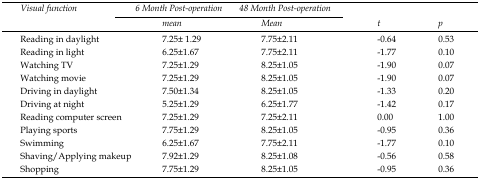
| Visual function | 6 Month Post-operation | 48 Month Post-operation |  |  |
 |  | mean | Mean | t | p |
 | --- | --- | --- | --- | --- |
 | Reading in daylight | 7.25± 1.29 | 7.75±2.11 | -0.64 | 0.53 |
 | Reading in light | 6.25±1.67 | 7.75±2.11 | -1.77 | 0.10 |
 | Watching TV | 7.25±1.29 | 8.25±1.05 | -1.90 | 0.07 |
 | Watching movie | 7.25±1.29 | 8.25±1.05 | -1.90 | 0.07 |
 | Driving in daylight | 7.50±1.34 | 8.25±1.05 | -1.33 | 0.20 |
 | Driving at night | 5.25±1.29 | 6.25±1.77 | -1.42 | 0.17 |
 | Reading computer screen | 7.25±1.29 | 7.25±2.11 | 0.00 | 1.00 |
 | Playing sports | 7.75±1.29 | 8.25±1.05 | -0.95 | 0.36 |
 | Swimming | 6.25±1.67 | 7.75±2.11 | -1.77 | 0.10 |
 | Shaving/Applying makeup | 7.92±1.29 | 8.25±1.08 | -0.56 | 0.58 |
 | Shopping | 7.75±1.29 | 8.25±1.05 | -0.95 | 0.36 |